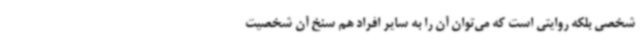
شخصی بلکه روایتی است که می‌توان آن را به سایر افراد هم سنخ آن شخصیت